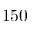
1 5 0